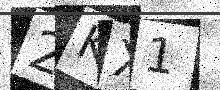
Text: 2KX1